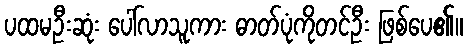
ပထမဦးဆုံး ပေါ်လာသူကား ဓာတ်ပုံကိုတင်ဦး ဖြစ်ပေ၏။